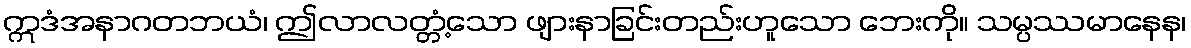
ဣဒံအနာဂတဘယံ၊ ဤလာလတ္တံ့သော ဖျားနာခြင်းတည်းဟူသော ဘေးကို။ သမ္ပဿမာနေန၊